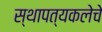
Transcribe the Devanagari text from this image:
स्थापत्यकलेचे